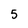
Character: 5